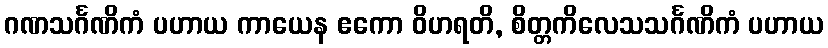
ဂဏသင်္ဂဏိကံ ပဟာယ ကာယေန ဧကော ဝိဟရတိ, စိတ္တကိလေသသင်္ဂဏိကံ ပဟာယ